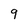
Character: 9